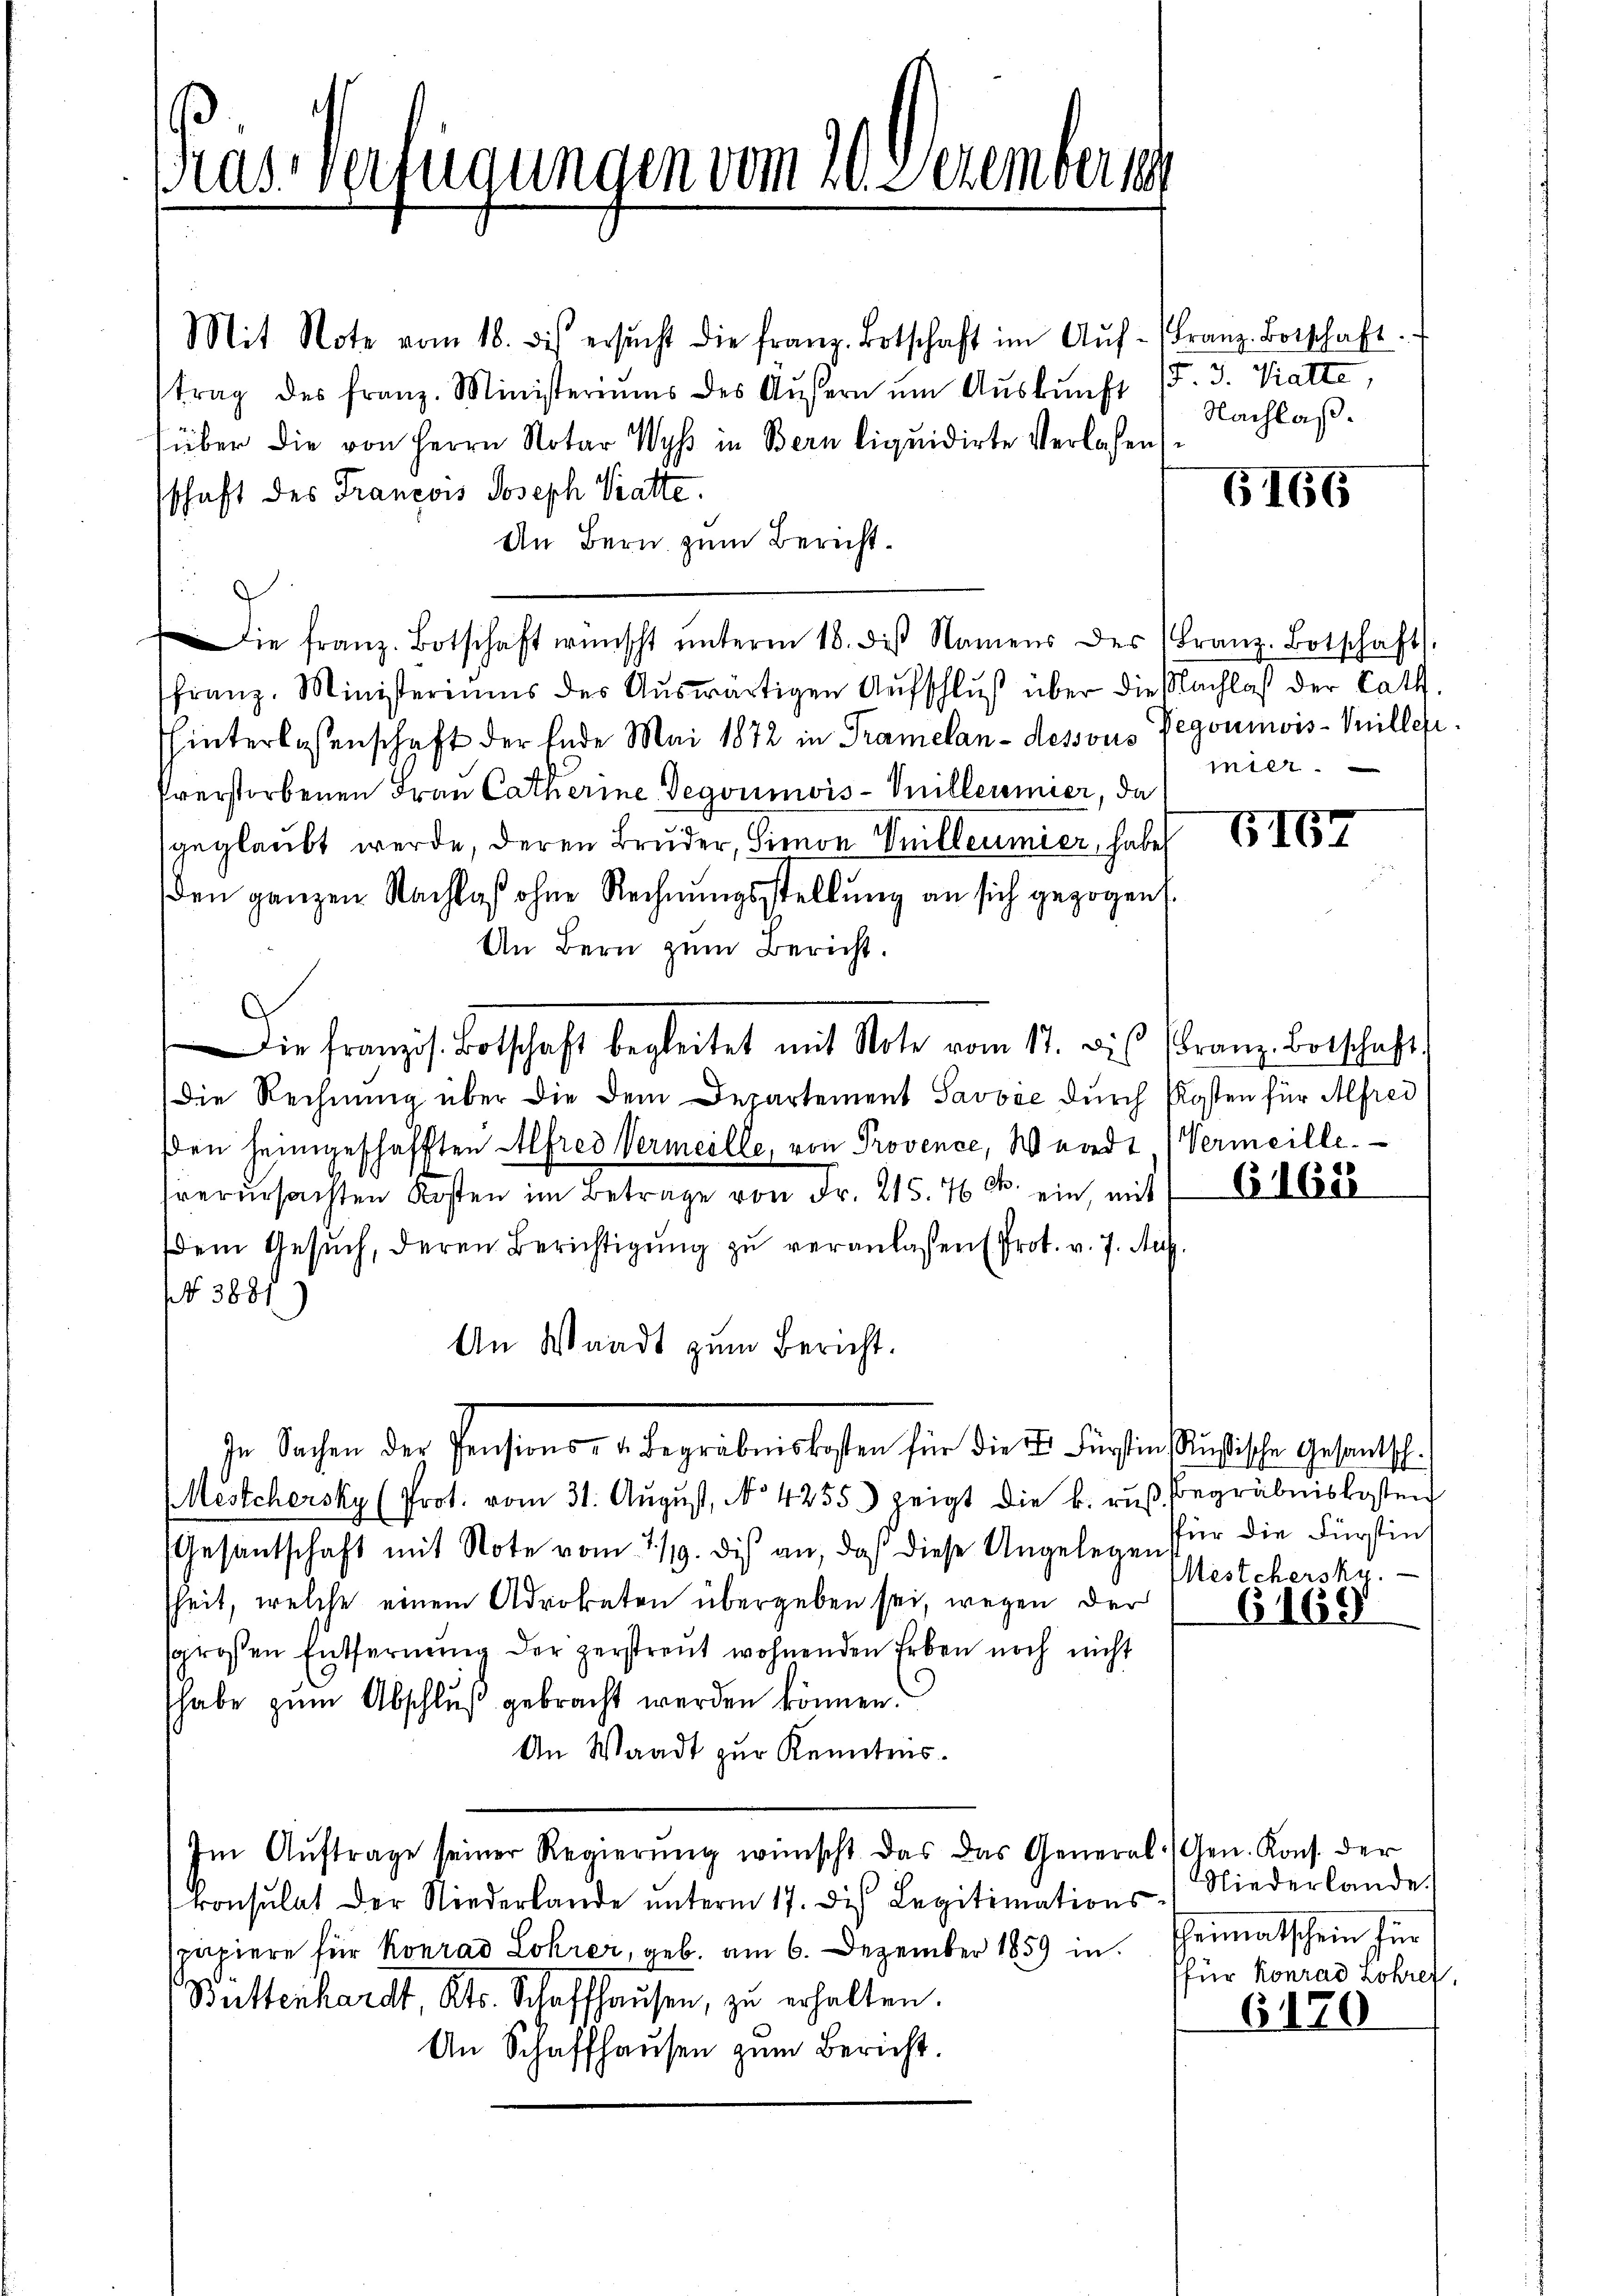
Gras Verfügungen vom 20. Dezember 19

Die französ. Botschaft begleitet mit Note vom 11. bis Franz Botschaft

Mit Note vom 18. des ersŭcht die franz. Botschaft im Aŭf-Franz Botschaft.
trag des franz. Ministeriums des Äußern um Auskunft
über die von Herrn Notar Wyss in Bern liquidirte Verlassen
schaft des Francois Joseph Statte.
An Bern zum Bericht¬

ie franz. Botschaft wünscht ŭnterm 18. diβ Namens des Franz Botschaft,
franz. Ministeriums des Aŭswärtigen Aŭfschlŭβ über die Nachlaß der Cath.
hinterlassenschaft der Ende Mai 1872 in Tramelan-dessous Pegoumis-Viller.
Everstorbenen Frau Catharine Degoumois = Villermier, da
geglaubt werde, deren Bruder, Simon Seilleumier, habe
den ganzen Nachlaß ohne Rechnungsstellung an sich gezogen
An Bern zum Bericht.
die Rechnung über die dem Departement Savose durch Kosten für Alfred
Den heimgeschafften Alfres Vermeille, von Provence, Waadt (Vermeille.
verŭrsachten Kosten im Betrage von Fr. 215. 76 c. ein, mit
dem Gesuch, deren Berichtigung zu veranlaßen Prot. v. 7. Aug.
No 3881)
An Waadt zum Bericht.
In Sachen der Pensions- u. Begräbniskosten für die 2. Fürstinsüchtische Gesandtsch¬
Mestchersky (Prot. vom 31. Aŭgŭst, N. 4255) zeigt die k. rŭβ Begräbniskosten
Gesantschaft mit Note vom 1/9. dis an, da diese Angelegen für die Fürstin
sheit, welche einem Advokaten übergeben sei, wegen der
sgrossen Entfernŭng der zerstreut wohnenden Erben noch nicht
habe zum Abschluß gebracht werden können.
An Waadt zur Kenntnis.
Im Aŭftrage seiner Regierŭng wünscht das das General-Gen. Kons. der
konsulat der Niederlande unterm 17. des Legitimationsspapiere für Konrad Lohrer, geb. am 6. Dezember 1859 in Theimatschein für
Butterhardt, Kts. Schaffhausen, zu erhalten.
An Schaffhausen zum Bericht.

F. J. Vatte,
Nachlaß.

G166

mier

167

61612

Mestehersky.

6169

Niederlande
(für Konrad Lohrer,

6170